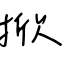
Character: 掀